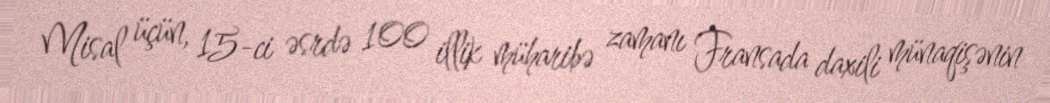
Misal üçün, 15-ci əsrdə 100 illik müharibə zamanı Fransada daxili münaqişənin